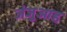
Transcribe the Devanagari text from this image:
जंजुआह